Indian Medical Review
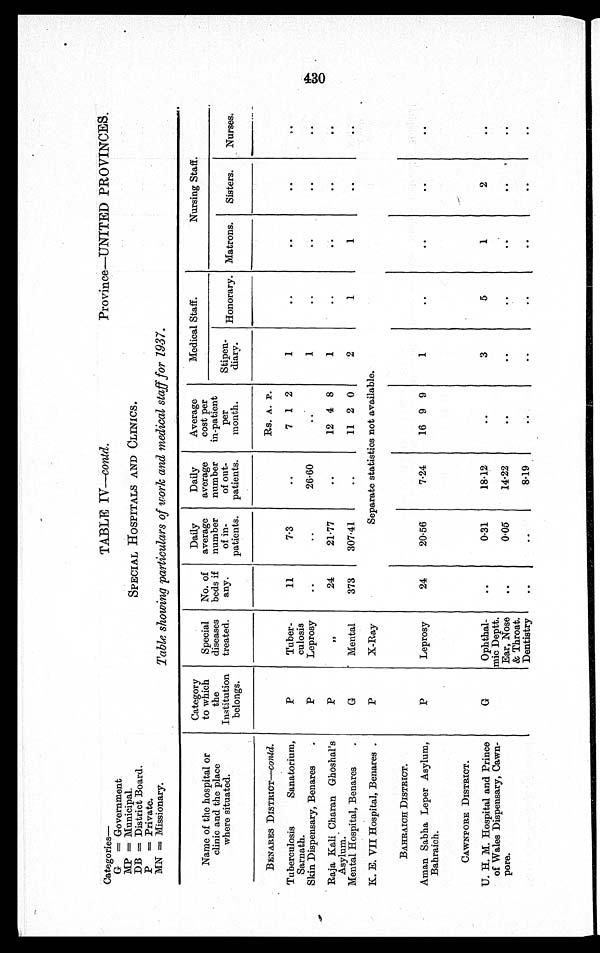
Province—UNITED PROVINCES.
Categories—
G = Government.
MP = Municipal.
DB = District Board.
P = Private.
MN = Missionary.
TABLE IV—contd.
SPECIAL HOSPITALS AND CLINICS.
Table showing particulars of work and medical staff for 1937.
Name of the hospital or
clinic and the place
where situated.
Category
to which
the
Institution
belongs.
Special
diseases
treated.
No. of
beds if
any.
Daily
average
number
of in-
patients.
Daily
average
number
of out-
patients.
Average
cost per
in-patient
per
month.
Medical Staff.
Nursing Staff.
Stipen-
diary. Honorary. Matrons. Sisters.
Nurses.
BENARES DISTRICT—contd.
Rs. A. P.
Tuberculosis Sanatorium,
Sarnath.
P
Tuber-
culosis
11
7.3
..
7 1 2
1
..
..
. .
. .
Skin Dispensary, Benares
.
P
Leprosy
..
..
26.60
..
1
..
..
. .
. .
Raja Kali Charan Ghoshal's
Asylum.
P
"
24
21.77
..
12 4 8
1
..
. .
..
. .
Mental Hospital, Benares
.
G
Mental
373
307.41
..
11 2 0
2
1
1
. .
. .
K. E. VII Hospital, Benares .
P
X-Ray
Separate statistics not available.
BAHRAICH DISTRICT.
Aman Sabha Leper Asylum,
Bahraich.
P
Leprosy
24
20.56
7.24
16 9 9
1
. .
..
..
. .
CAWNPORE DISTRICT.
U. H. M. Hospital and Prince
of Wales Dispensary, Cawn-
pore.
G
Ophthal-
mic Deptt.
Ear, Nose
& Throat.
Dentistry
..
0.31
18.12
..
3
5
1
2
. .
..
0.05
14.22
. .
..
. .
..
. . ..
..
..
8.19
..
. .
. .
. .
. .
. .
430